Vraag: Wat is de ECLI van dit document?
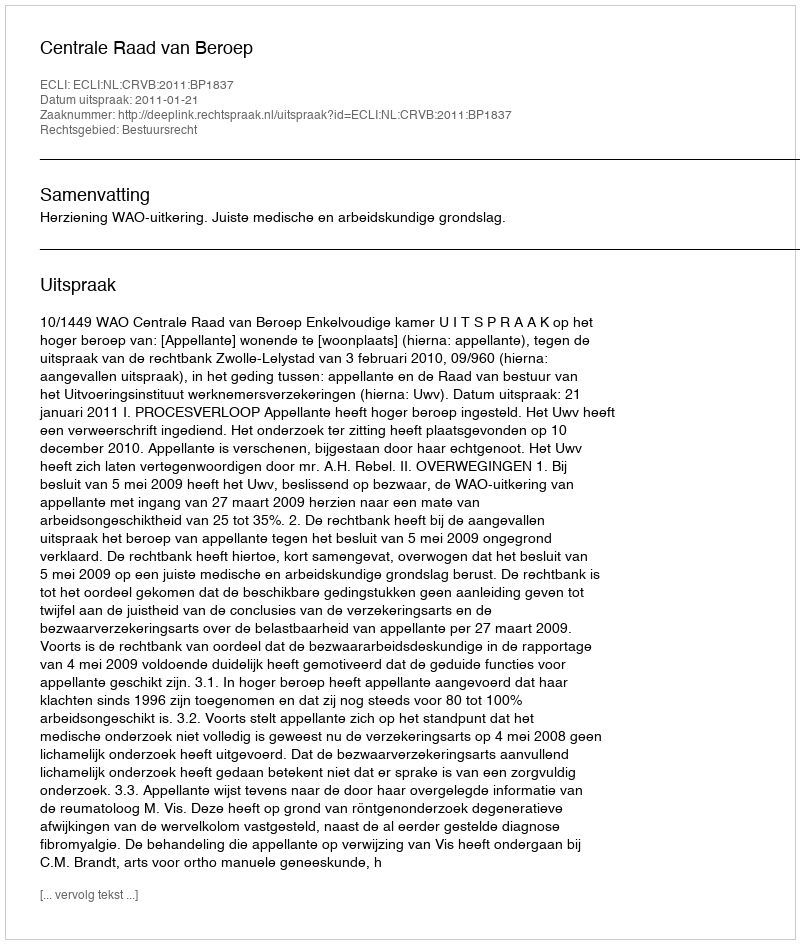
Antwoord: ECLI:NL:CRVB:2011:BP1837